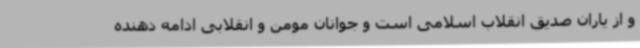
و از یاران صدیق انقلاب اسلامی است و جوانان مومن و انقلابی ادامه دهنده